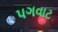
પગવાટ